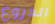
الدروع